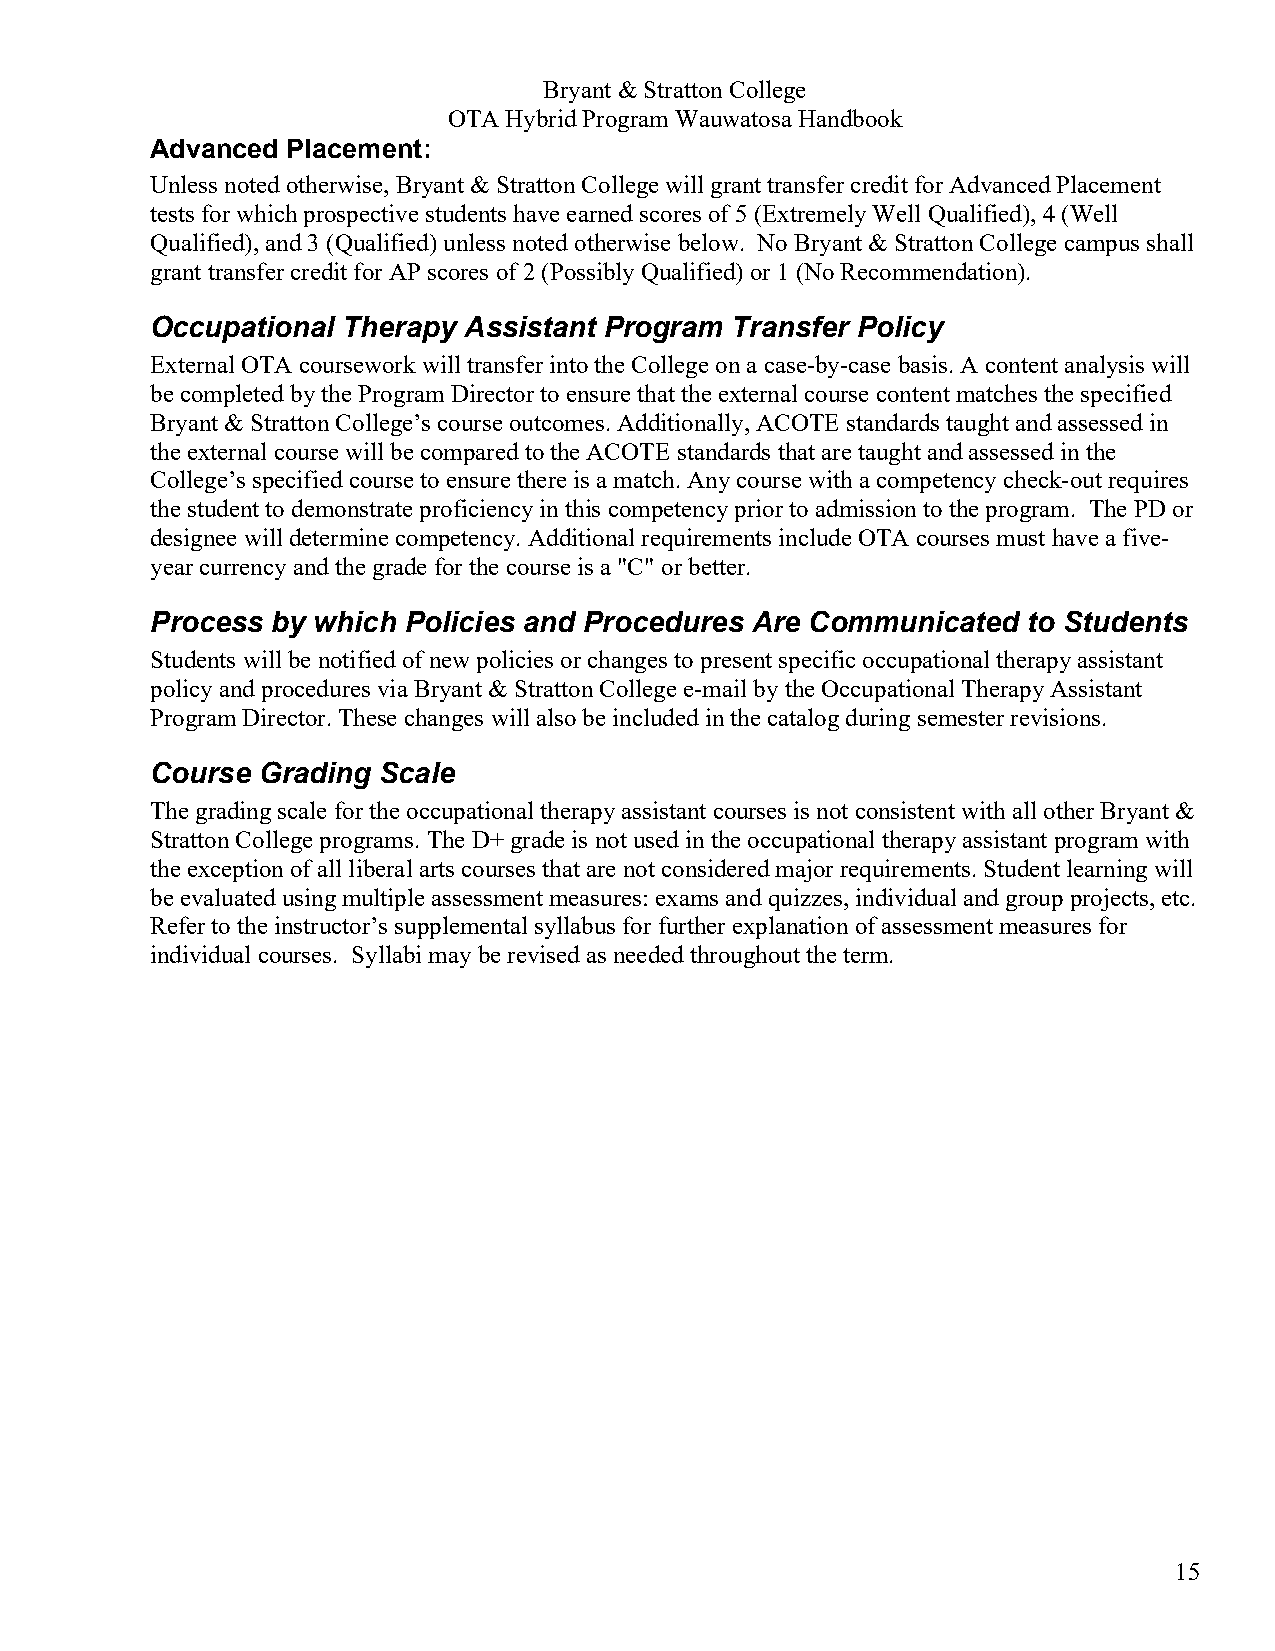
Bryant & Stratton College
 OTA Hybrid Program Wauwatosa Handbook
 Advanced Placement:
 Unless noted otherwise, Bryant & Stratton College will grant transfer credit for Advanced Placement
 tests for which prospective students have earned scores of 5 (Extremely Well Qualified), 4 (Well
 Qualified), and 3 (Qualified) unless noted otherwise below. No Bryant & Stratton College campus shall
 grant transfer credit for AP scores of 2 (Possibly Qualified) or 1 (No Recommendation).
 Occupational Therapy Assistant Program Transfer Policy
 External OTA coursework will transfer into the College on a case-by-case basis. A content analysis will
 be completed by the Program Director to ensure that the external course content matches the specified
 Bryant & Stratton College’s course outcomes. Additionally, ACOTE standards taught and assessed in
 the external course will be compared to the ACOTE standards that are taught and assessed in the
 College’s specified course to ensure there is a match. Any course with a competency check-out requires
 the student to demonstrate proficiency in this competency prior to admission to the program. The PD or
 designee will determine competency. Additional requirements include OTA courses must have a five-
 year currency and the grade for the course is a "C" or better.
 Process by which Policies and Procedures Are Communicated to Students
 Students will be notified of new policies or changes to present specific occupational therapy assistant
 policy and procedures via Bryant & Stratton College e-mail by the Occupational Therapy Assistant
 Program Director. These changes will also be included in the catalog during semester revisions.
 Course Grading Scale
 The grading scale for the occupational therapy assistant courses is not consistent with all other Bryant &
 Stratton College programs. The D+ grade is not used in the occupational therapy assistant program with
 the exception of all liberal arts courses that are not considered major requirements. Student learning will
 be evaluated using multiple assessment measures: exams and quizzes, individual and group projects, etc.
 Refer to the instructor’s supplemental syllabus for further explanation of assessment measures for
 individual courses. Syllabi may be revised as needed throughout the term.
 15